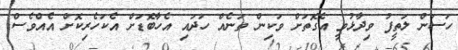
ހަސަން ލަތީފު ވިދާޅުވީ އެގޮތަށް ވަކިން ތަނެއް ހަދައި އެހާބޮޑަށް އެކަހެރިކޮށް އެއްވެސް